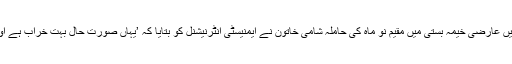
یونان کے سرحدی گاؤں آئیڈومنی میں عارضی خیمہ بستی میں مقیم نو ماہ کی حاملہ شامی خاتون نے ایمنیسٹی انٹرنیشنل کو بتایا کہ ’یہاں صورت حال بہت خراب ہے اور ہم زمین پر سونے پہ مجبور ہیں۔